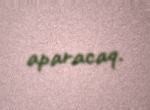
aparacaq.